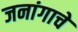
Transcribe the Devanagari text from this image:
जनांगाचे